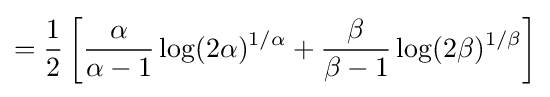
={\frac {1}{2}}\left[{\frac {\alpha }{\alpha -1}}\log(2\alpha )^{1/\alpha }+{\frac {\beta }{\beta -1}}\log(2\beta )^{1/\beta }\right]